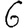
Digit: 6